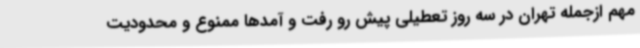
مهم ازجمله تهران در سه روز تعطیلی پیش رو رفت و آمدها ممنوع و محدودیت